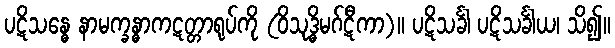
ပဋိသန္ဓေ နာမက္ခန္ဓာကဋတ္တာရုပ်ကို (ဝိသုဒ္ဓိမဂ်ဋီကာ)။ ပဋိသင်္ခါ ပဋိသင်္ခါယ၊ သိ၍။